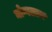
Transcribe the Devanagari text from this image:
मोग्गलान